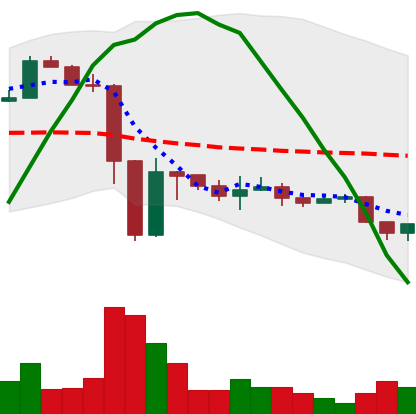
Ticker: ETH-USD
Chart end date: 2022-11-22
Forward return: 5.281%
Label: up_5_7